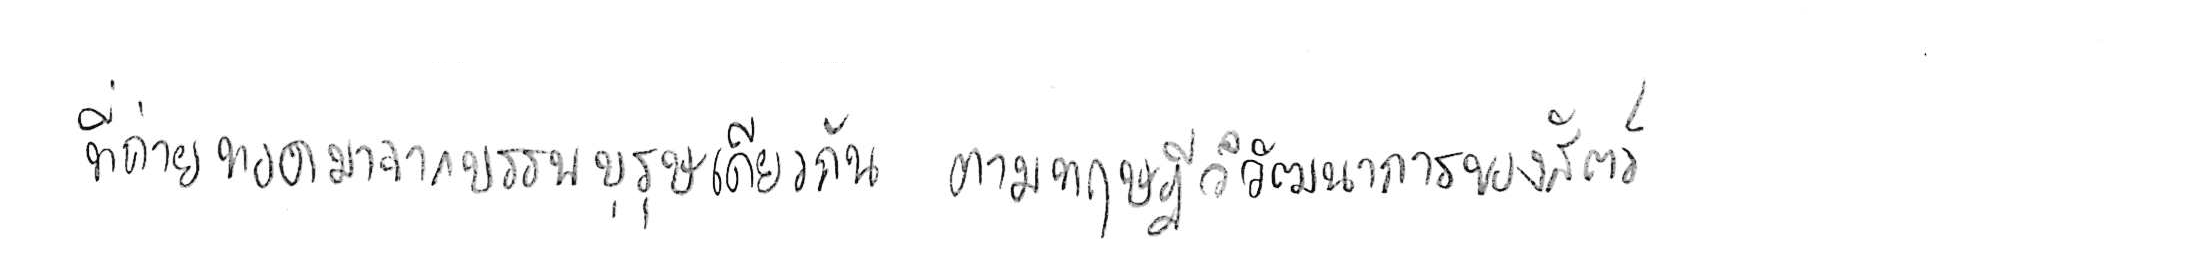
ที่ถ่ายทอดมาจากบรรพบุรุษเดียวกัน ตามทฤษฎีวิวัฒนาการของสัตว์